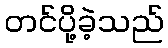
တင်ပို့ခဲ့သည်